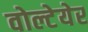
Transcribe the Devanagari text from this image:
वोल्टेयेर